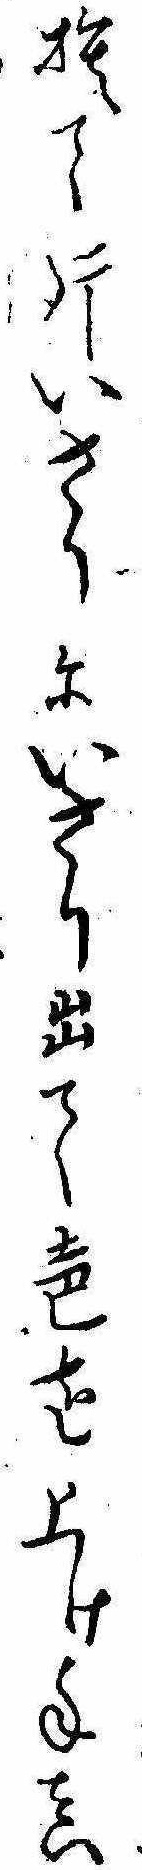
捨て片いさりにいさり出て声を上け手真